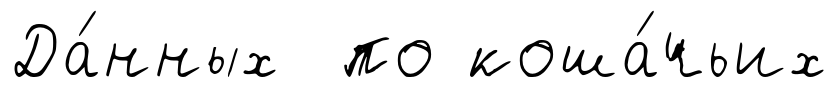
Да́нных по коша́чьих